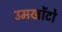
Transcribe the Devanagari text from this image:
उमखोंटो